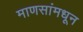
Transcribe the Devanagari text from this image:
माणसांमधून